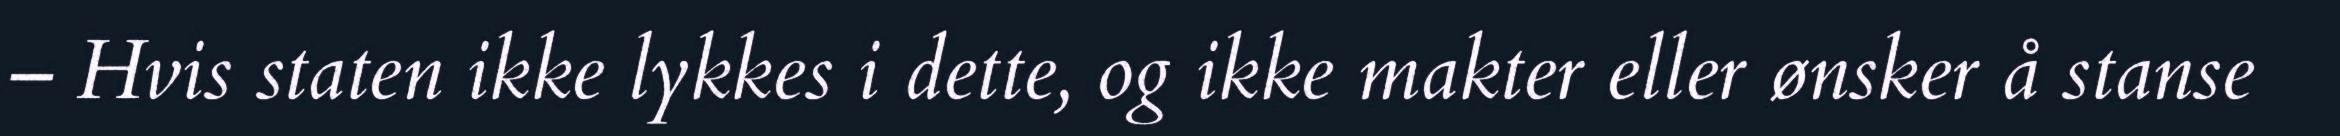
– Hvis staten ikke lykkes i dette, og ikke makter eller ønsker å stanse